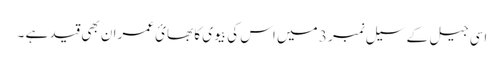
اسی جیل کے سیل نمبر 3 میں اس کی بیوی کا بھائ عمران بھی قید ہے ۔